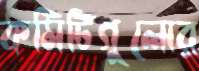
কমিটিগুলোর